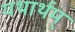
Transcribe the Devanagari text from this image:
यथार्थम्